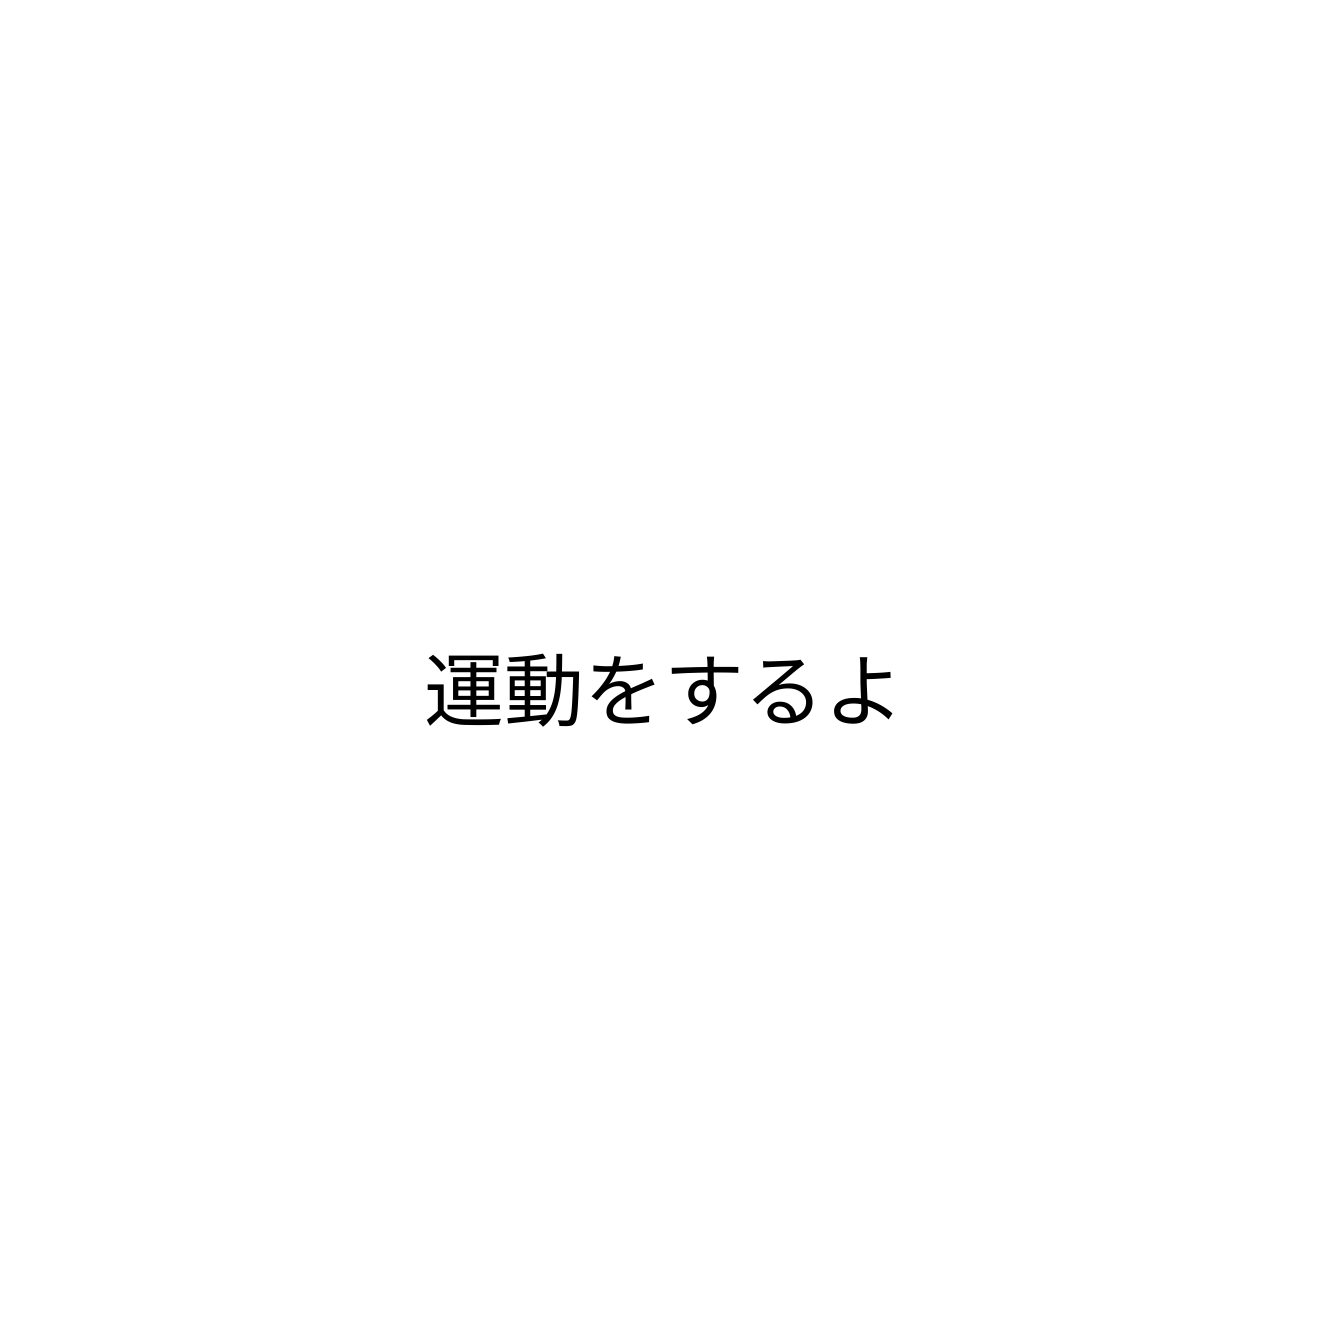
運動をするよ